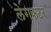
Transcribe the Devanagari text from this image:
लेगकटर